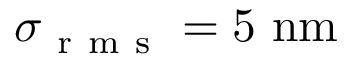
\sigma _ { \mathrm { ~ r ~ m ~ s ~ } } = 5 ~ \mathrm { n m }